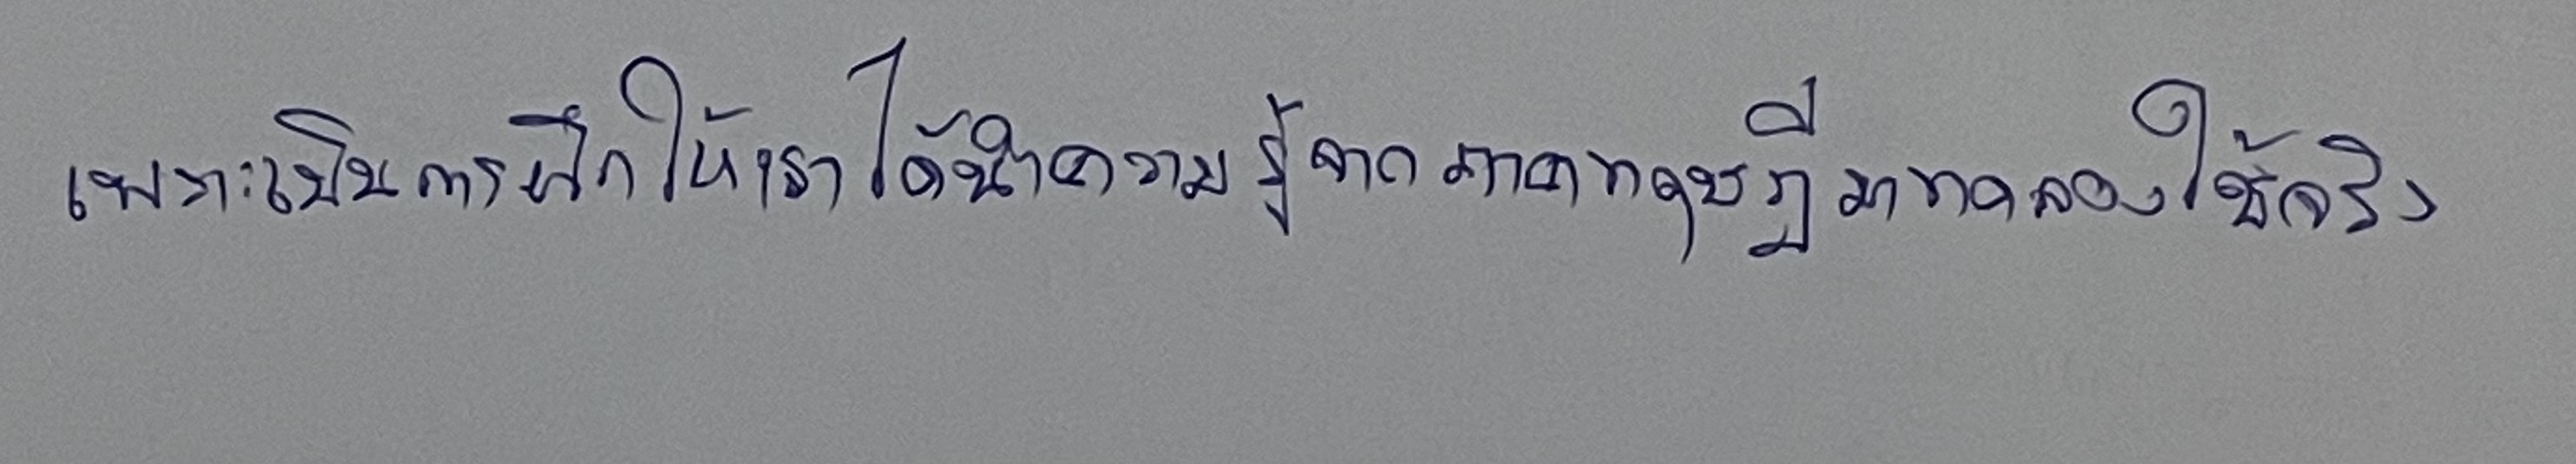
เพราะเป็นการฝึกให้เราได้นำความรู้จากภาคทฤษฎีมาทดลองใช้จริง